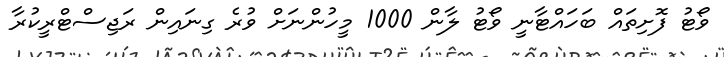
ވޯޓު ފޮށިތައް ބަހައްޓާނީ ވޯޓު ލާން 1000 މީހުންނަށް ވުރެ ގިނައިން ރަޖިސްޓްރީކުރާ